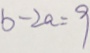
b - 2 a = 9